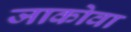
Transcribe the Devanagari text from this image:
जाकोवा